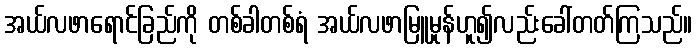
အယ်လဖာရောင်ခြည်ကို တစ်ခါတစ်ရံ အယ်လဖာမြူမှုန်ဟူ၍လည်းခေါ်တတ်ကြသည်။